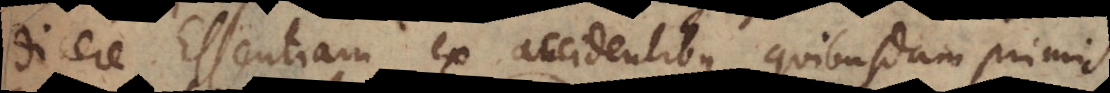
dicere Essentiam ex accidentibus quibusdam primis